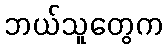
ဘယ်သူတွေက